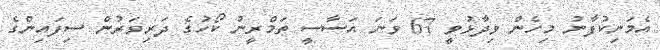
އެމަނިކުފާނު މިހެން ވިދާޅުވީ 67 ވަނަ އަސާސީ ތަމްރީނު ކޯހުގެ ދަރިވަރުން ސިފައިންގެ